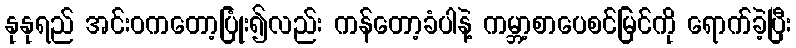
နုနုရည် အင်းဝကတော့ပြုံး၍လည်း ကန်တော့ခံပါနဲ့ ကမ္ဘာ့စာပေစင်မြင်ကို ရောက်ခဲ့ပြီး